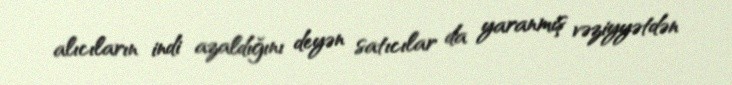
alıcıların indi azaldığını deyən satıcılar da yaranmış vəziyyətdən